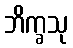
ဘိက္ခသု